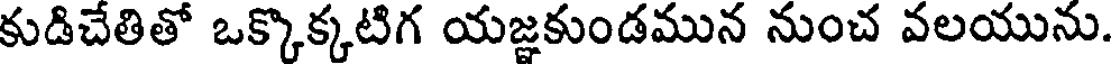
కుడిచేతితో ఒక్కొక్కటిగ యజ్ఞకుండమున నుంచ వలయును.